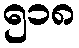
၅၁၈